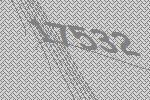
17532